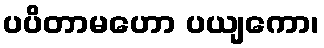
ပပိတာမဟော ပယျကော၊